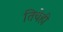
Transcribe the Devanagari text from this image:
तिचेही